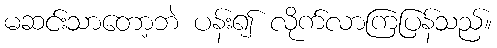
မဆင်းသာတော့ဘဲ ပန်း၍ လိုက်လာကြပြန်သည်။